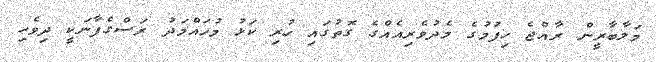
މަލާބާރީން ރާއްޖެ ހިފުމުގެ މެދުވެރިއެއްގެ ގޮތުގައި ހުރި ކަޅު މުހައްމަދު ރަސްގެފާނަކީ ދިވެހި